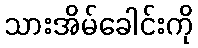
သားအိမ်ခေါင်းကို